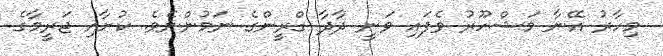
މިހާރު އޭނާ މަޝްހޫރު ވެފައި ވަނީ ދާދާ ގްރީންގެ ނަމުންނެވެ. ކުށާއި ޖަރީމާގެ